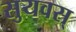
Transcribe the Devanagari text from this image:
सुयवस्